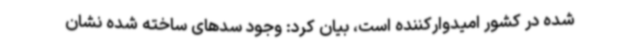
شده در کشور امیدوارکننده است، بیان کرد: وجود سدهای ساخته شده نشان